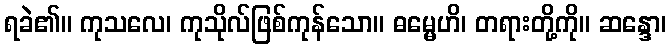
ရခဲ၏။ ကုသလေ၊ ကုသိုလ်ဖြစ်ကုန်သော။ ဓမ္မေဟိ၊ တရားတို့ကို။ ဆန္ဒော၊